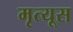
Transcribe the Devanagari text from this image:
मृत्यूस